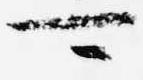
可